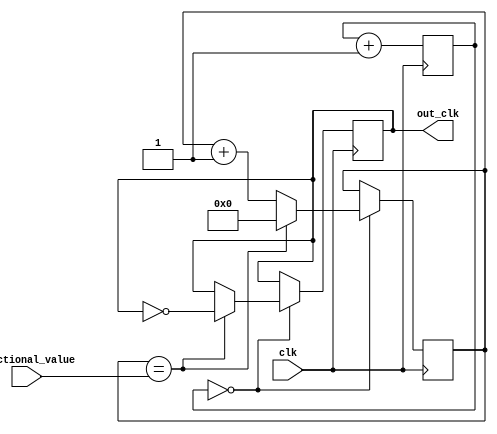
module fractional_clock_divider (
    input clk,
    input [7:0] fractional_value,
    output reg out_clk
);

reg [31:0] counter;
reg [7:0] divider;

always @(posedge clk) begin
    counter <= counter + 1;
    if (counter == 32'b0) begin
        divider <= divider + 1;
        if (divider == fractional_value) begin
            out_clk <= ~out_clk;
            divider <= 0;
        end
    end
end

endmodule